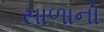
સાળાનો